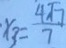
x _ { 3 } = \frac { 4 \sqrt { 7 } } { 7 }